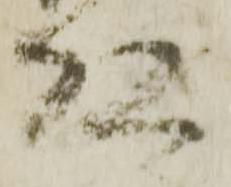
頭